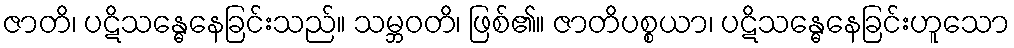
ဇာတိ၊ ပဋိသန္ဓေနေခြင်းသည်။ သမ္ဘဝတိ၊ ဖြစ်၏။ ဇာတိပစ္စယာ၊ ပဋိသန္ဓေနေခြင်းဟူသော